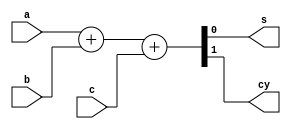
//code

module fa(a,b,c,s,cy);
  input a,b,c;
  output s,cy;
 
  
  assign {cy,s} = a + b + c;
endmodule

//testbench

module fa_tb;
  reg a,b,c;
  wire s,cy;
  fa fatb(.a(a),.b(b),.c(c),.s(s),.cy(cy));
  initial 
    begin 
      #5 {a,b,c}= 3'b000 ;
      #5 {a,b,c}= 3'b001;
      #5 {a,b,c}= 3'b010;
      #5 {a,b,c}= 3'b011;
      #5 {a,b,c}= 3'b100;
      #5 {a,b,c}= 3'b101;
      #5 {a,b,c}= 3'b110;
      #5 {a,b,c}= 3'b111;
      $finish;
    end
  always@(a,b,c)
    $monitor("time=%0t,{a,b,c}=%b,s=%b,cy=%b",$time,{a,b,c},s,cy);
             endmodule